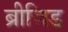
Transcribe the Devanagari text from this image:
ब्रीजिड